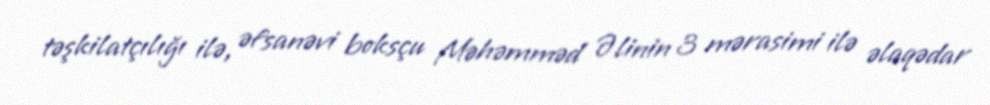
təşkilatçılığı ilə, əfsanəvi boksçu Məhəmməd Əlinin 3 mərasimi ilə əlaqədar